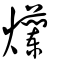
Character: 爤